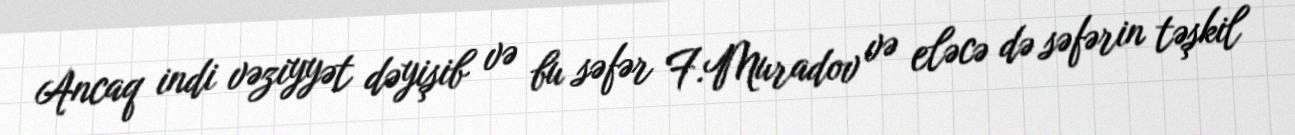
Ancaq indi vəziyyət dəyişib və bu səfər F.Muradov və eləcə də səfərin təşkil